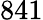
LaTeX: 841